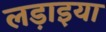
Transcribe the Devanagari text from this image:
लड़ाइया